Civil Veterinary Department Bihar reports 1936-40 - 1936-1940
Year: 1936
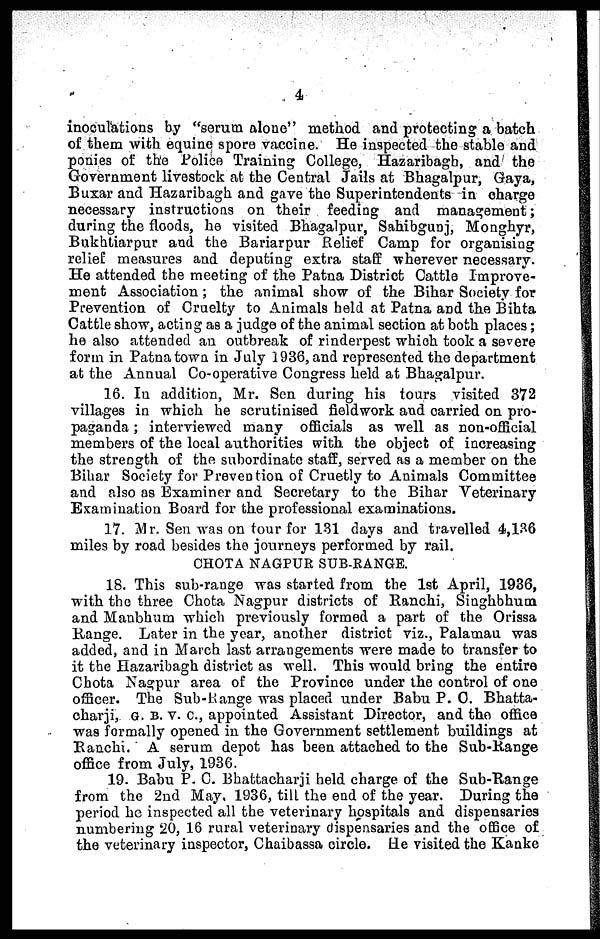
4
inoculations by "serum alone" method and protecting a batch
of them with equine spore vaccine. He inspected the stable and
ponies of the Police Training College, Hazaribagh, and the
Government livestock at the Central Jails at Bhagalpur, Gaya,
Buxar and Hazaribagh and gave the Superintendents in charge
necessary instructions on their feeding and management;
during the floods, he visited Bhagalpur, Sahibgunj, Monghyr,
Bukhliarpur and the Bariarpur Relief Camp for organising
relief measures and deputing extra staff wherever necessary.
He attended the meeting of the Patna District Cattle Improve-
ment Association; the animal show of the Bihar Society for
Prevention of Cruelty to Animals held at Patna and the Bihta
Cattle show, acting as a judge of the animal section at both places;
he also attended an outbreak of rinderpest which took a severe
form in Patna town in July 1936, and represented the department
at the Annual Co-operative Congress held at Bhagalpur.
16. In addition, Mr. Sen during his tours visited 372
villages in which he scrutinised fieldwork and carried on pro-
paganda; interviewed many officials as well as non-official
members of the local authorities with the object of increasing
the strength of the subordinate staff, served as a member on the
Bihar Society for Prevention of Cruetly to Animals Committee
and also as Examiner and Secretary to the Bihar Veterinary
Examination Board for the professional examinations.
17. Mr. Sen was on tour for 131 days and travelled 4,136
miles by road besides the journeys performed by rail.
CHOTA NAGPUR SUB-RANGE.
18. This sub-range was started from the 1st April, 1936,
with the three Chota Nagpur districts of Ranchi, Singhbhum
and Manbhum which previously formed a part of the Orissa
Range. Later in the year, another district viz., Palamau was
added, and in March last arrangements were made to transfer to
it the Hazaribagh district as well. This would bring the entire
Chota Nagpur area of the Province under the control of one
officer. The Sub-Itange was placed under Babu P. C. Bhatta-
charji, G. b. v. c, appointed Assistant Director, and the office
was formally opened in the Government settlement buildings at
Ranchi. A serum depot has been attached to the Sub-Range
office from July, 193G.
19. Babu P. C. Bhattacharji held charge of the Sub-Range
from the 2nd May. 1936, till the end of the year. During the
period he inspected all the veterinary hospitals and dispensaries
numbering 20, 16 rural veterinary dispensaries and the office of
the veterinary inspector, Chaibassa circle. He visited the Kanke